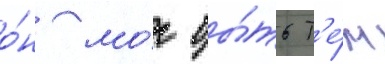
о́н мо́г бы́ть т'е́м